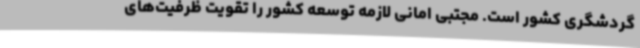
گردشگری کشور است. مجتبی امانی لازمه توسعه کشور را تقویت ظرفیت‌های